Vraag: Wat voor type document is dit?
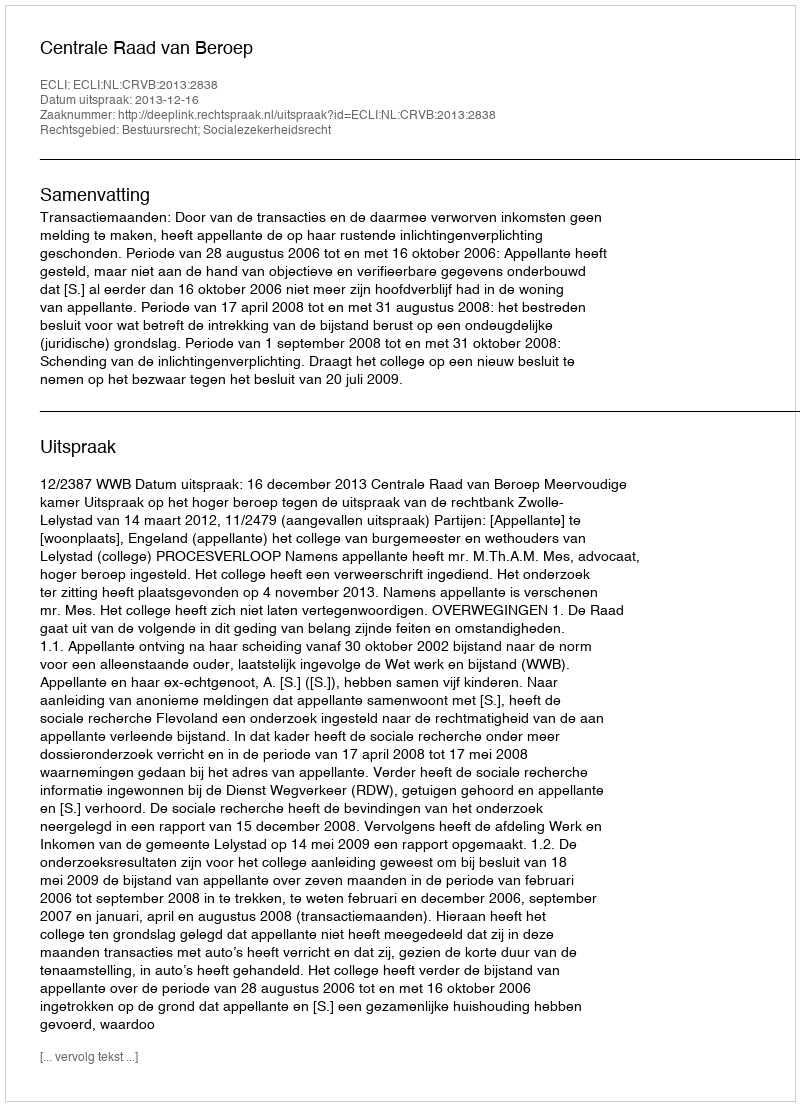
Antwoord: Uitspraak